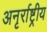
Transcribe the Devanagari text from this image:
अनृर्राष्ट्रीय